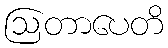
ဩတာပေတိ